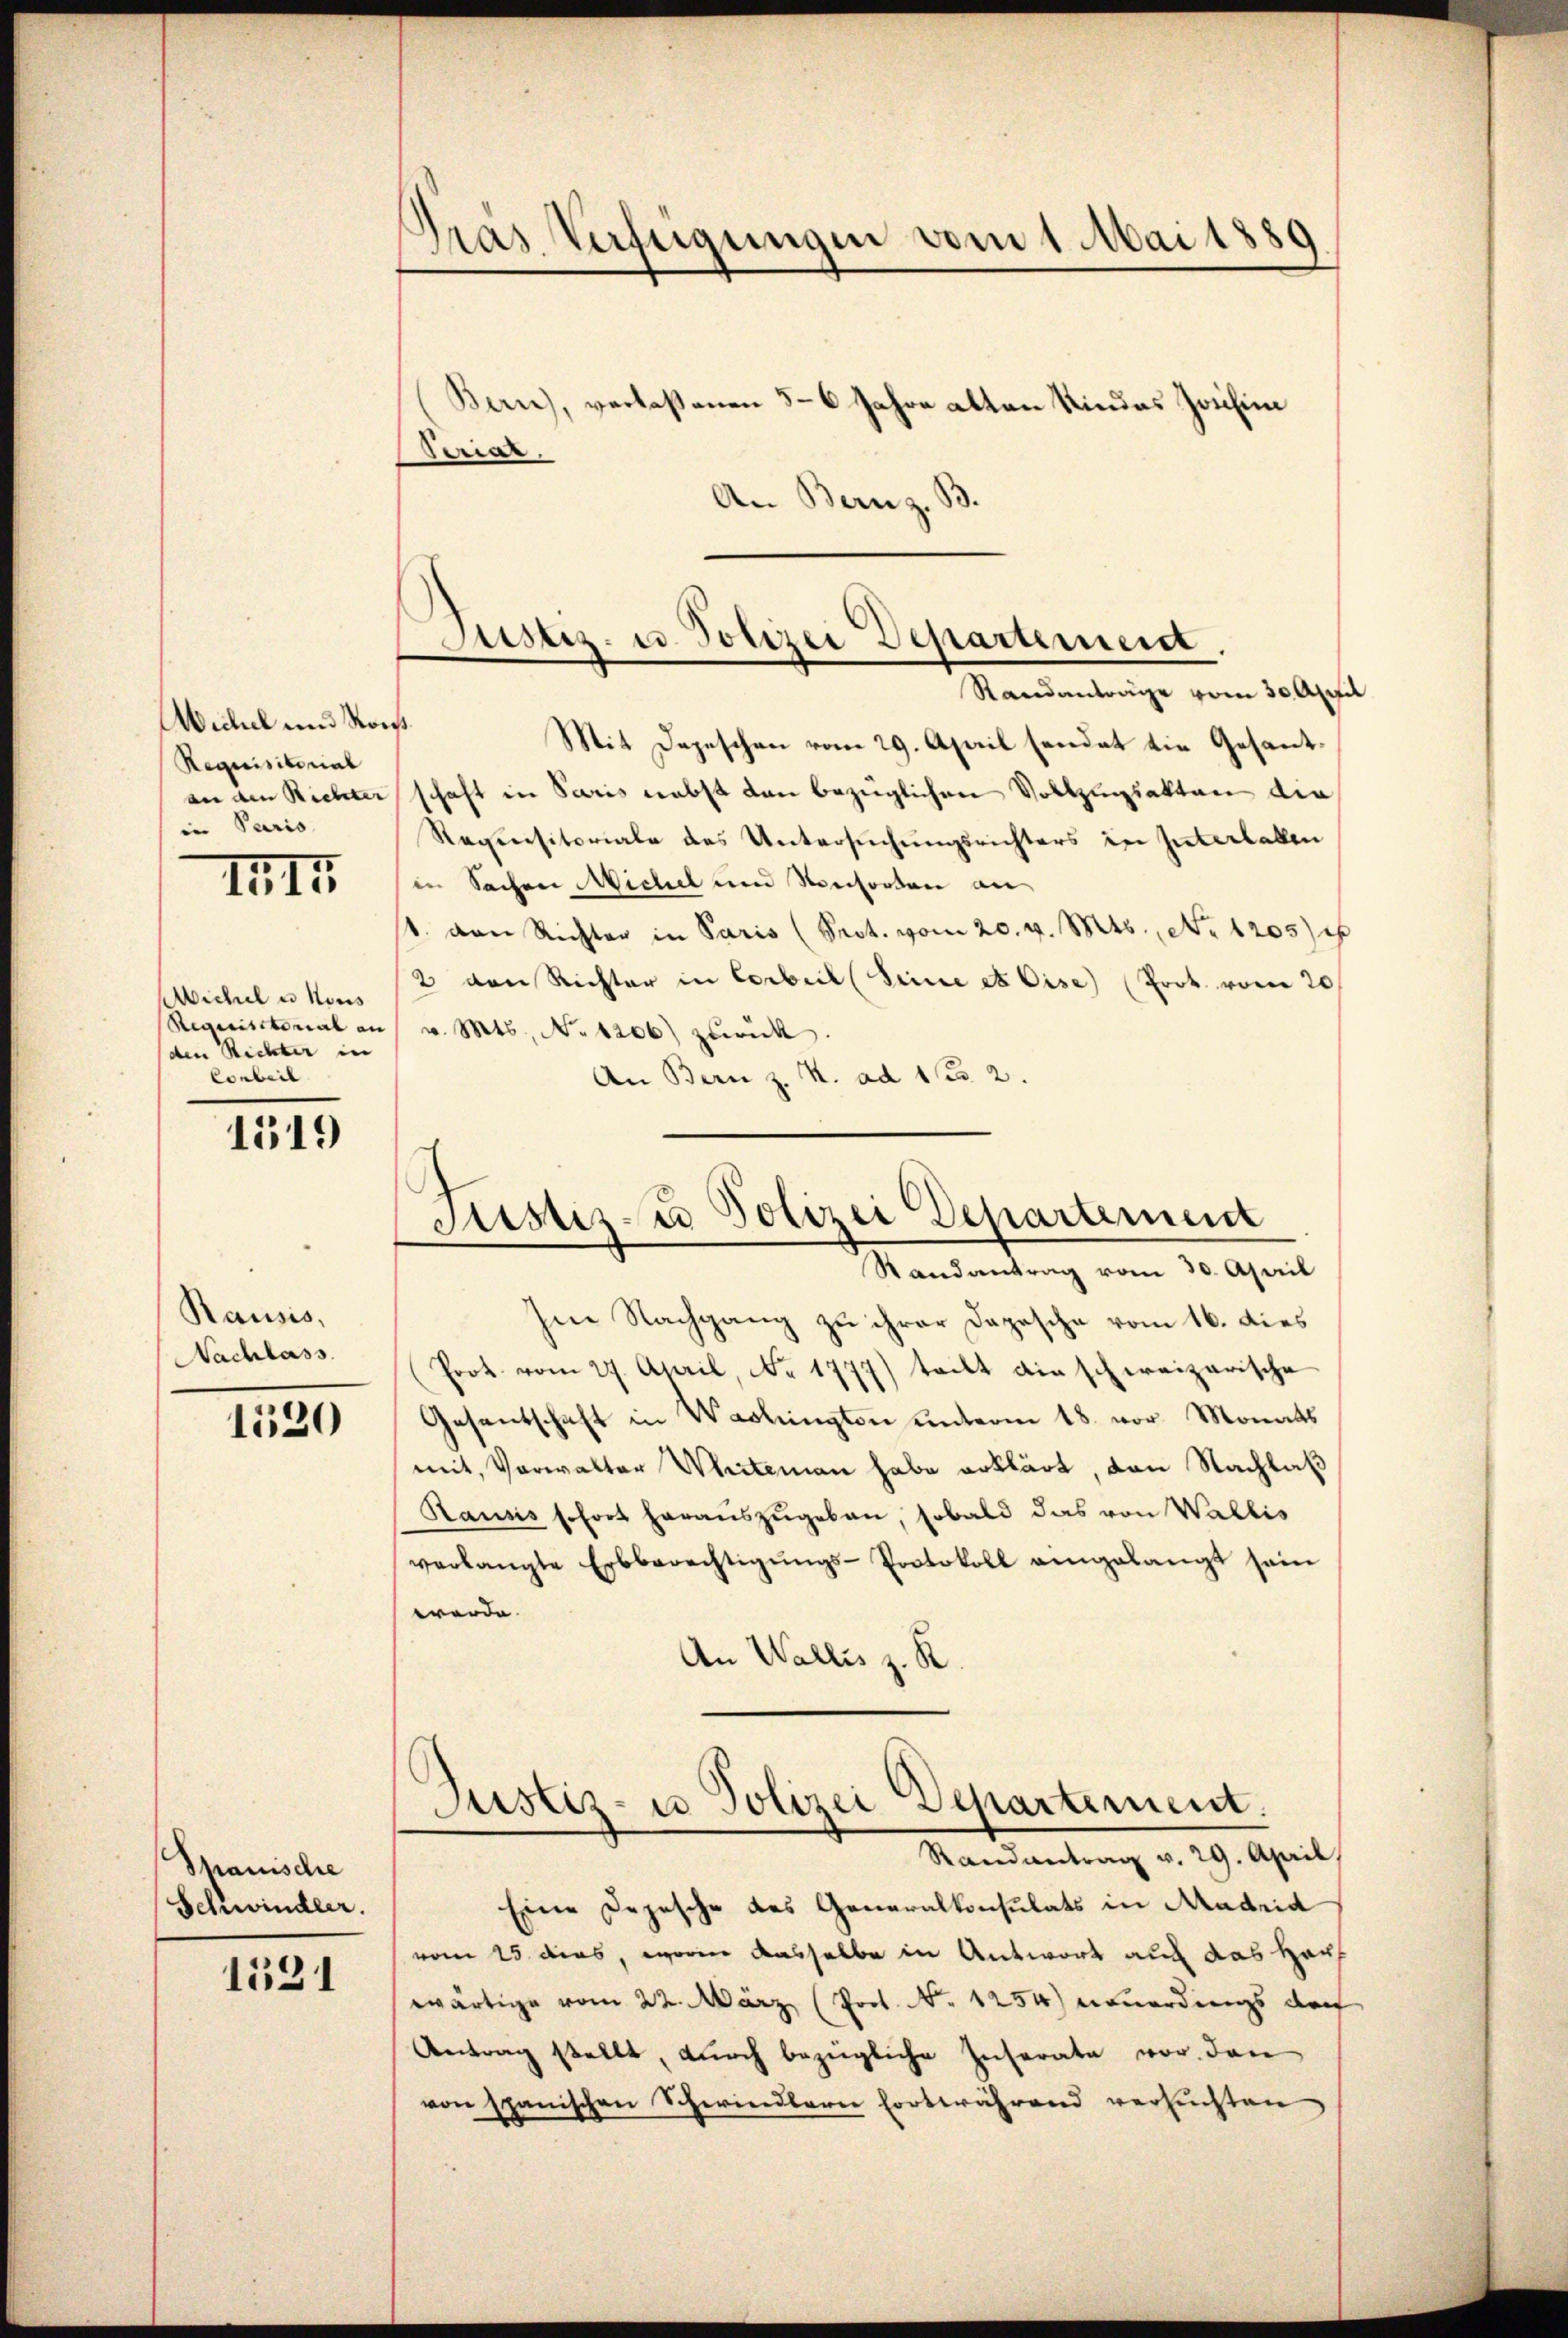
Wichel und Konst
Requisitorial
an den Richter
in Paris

IIII

Wichel u Nous
Requisitorial an
den Richter in
Conbeil

1519

Rausis,
Nachlass

1520

Spanische
Schwindler.

1531

Gras Verfeigungen vom 1. Mai 1889

(Bern), verlaßenen 5-6 Jahre alten Kindes Jochin
Serial.
An Bern z. B.

Justiz- u. Polizei Departement.

Randanträge vom 30. April
Mit Depeschen vom 29. April sendet die Gesantschaft in Paris nebst dan bezüglichen Vollzugsakten die
Rexpensitoriale des Untersŭchŭngsrichters in Interlaben
in Sachen Michel und Konsorten an
1. von Richter in Paris (Prot. vom 20. v. Mts., No 1205 f
2 von Richter in Corbeil (Seine et Cise) (Prok. vom 20
v. Mts., No 1206) zurück.
An Bern z. B. ad 1. 2.

Justiz- u Polizei Departement

Randantrag vom 30. April
Im Nachgang zu ihrer Dapasche vom 16. dies
Prot. vom 27. April, No. 1777) teilt die schweizerische
Gesentschaft in Waslington unterm 18. vor Monats
mit, Verwalter Whiteman habe erklärt, von Nachlaß
Rausis sofort heraŭszŭgeben, sobald das von Wallis
verlangte Erbberechtigŭngs-Protokoll angelangt sein
werde.
An Wallis z. K
Justiz- u Polizei Departement.
Randantrag v. 29. April,
Eine Depesche des Generalkonsulats in Madrid
vom 25 dies, worin dasselbe in Antwort auch das Harf
wärtige vom 22. März (Prot. No 1254) Anordings doch
Antrag stellt, durch bezügliche Inserate vor den
von spanischen Schwindlern fortwährend versuchten